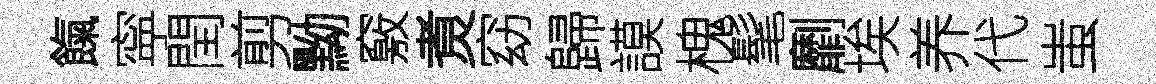
餼寜閏剪黝竅煑窈歸謨槐髦劘埃养代蚩